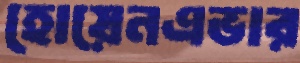
হোয়েনএভার